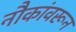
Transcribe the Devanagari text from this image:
नौकांवरून